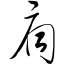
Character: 扃